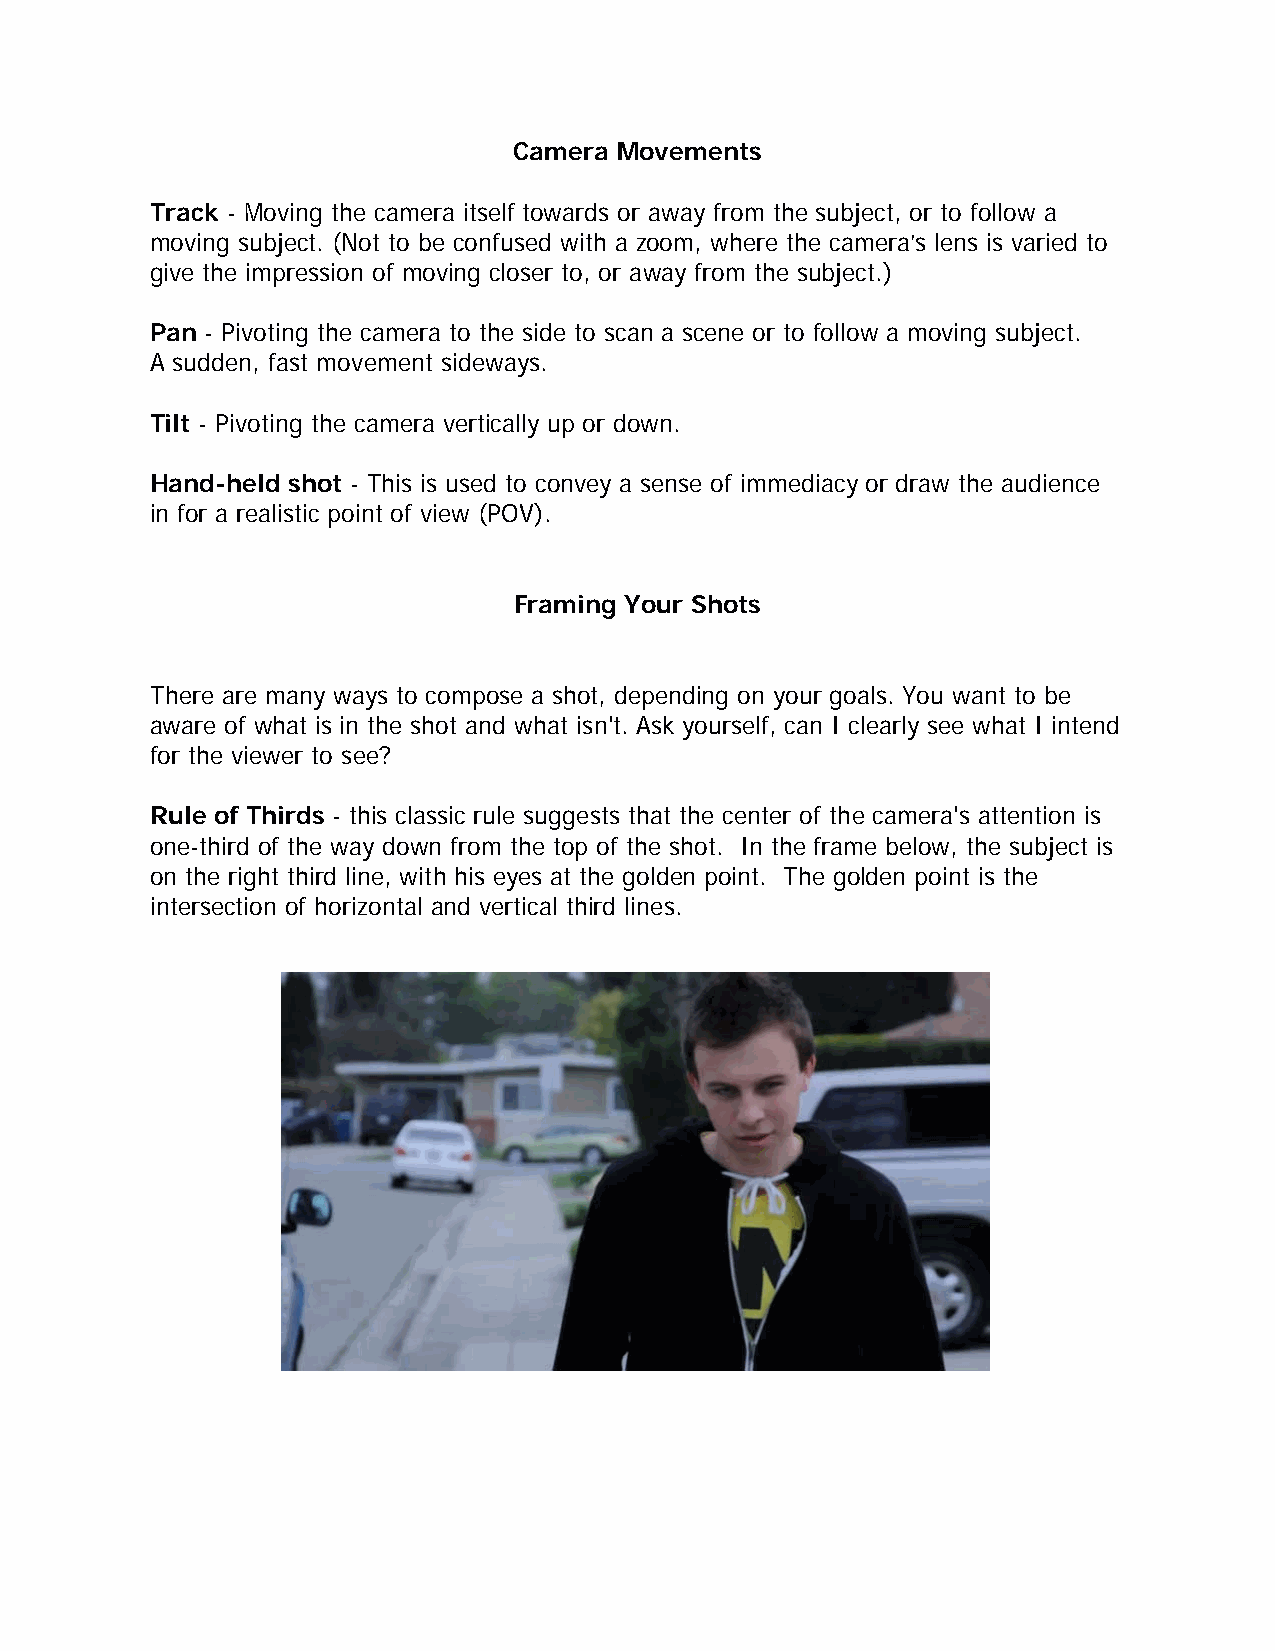
Camera Movements
 Track - Moving the camera itself towards or away from the subject, or to follow a
 moving subject. (Not to be confused with a zoom, where the camera’s lens is varied to
 give the impression of moving closer to, or away from the subject.)
 Pan - Pivoting the camera to the side to scan a scene or to follow a moving subject.
 A sudden, fast movement sideways.
 Tilt - Pivoting the camera vertically up or down.
 Hand-held shot - This is used to convey a sense of immediacy or draw the audience
 in for a realistic point of view (POV).
 Framing Your Shots
 There are many ways to compose a shot, depending on your goals. You want to be
 aware of what is in the shot and what isn't. Ask yourself, can I clearly see what I intend
 for the viewer to see?
 Rule of Thirds - this classic rule suggests that the center of the camera's attention is
 one-third of the way down from the top of the shot. In the frame below, the subject is
 on the right third line, with his eyes at the golden point. The golden point is the
 intersection of horizontal and vertical third lines.